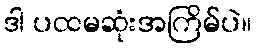
ဒါ ပထမဆုံးအကြိမ်ပဲ။